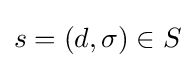
s=(d,\sigma )\in S